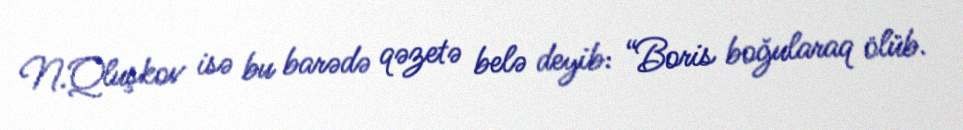
N.Qluşkov isə bu barədə qəzetə belə deyib: “Boris boğularaq ölüb.